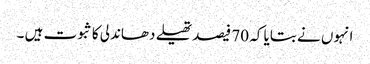
انہوں نے بتایا کہ 70 فیصد تھیلے دھاندلی کا ثبوت ہیں ۔